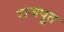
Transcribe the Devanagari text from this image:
राजपूुत